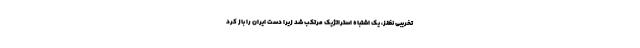
تخریبی نظنز، یک اشتباه استراتژیک مرتکب شد زیرا دست ایران را باز کرد